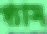
গ্যাস